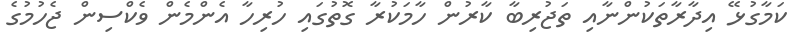
ކަމާގުޅޭ އިދާރާތަކުންނާއި ތަޖުރިބާ ކާރުން ހާމަކުރާ ގޮތުގައި ހުރިހާ އެންމެން ވެކްސިން ޖެހުމުގެ